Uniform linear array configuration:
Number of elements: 24
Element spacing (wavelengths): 0.75
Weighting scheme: hann
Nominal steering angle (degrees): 30
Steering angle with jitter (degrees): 30.145
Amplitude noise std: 0.05
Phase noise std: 0.05

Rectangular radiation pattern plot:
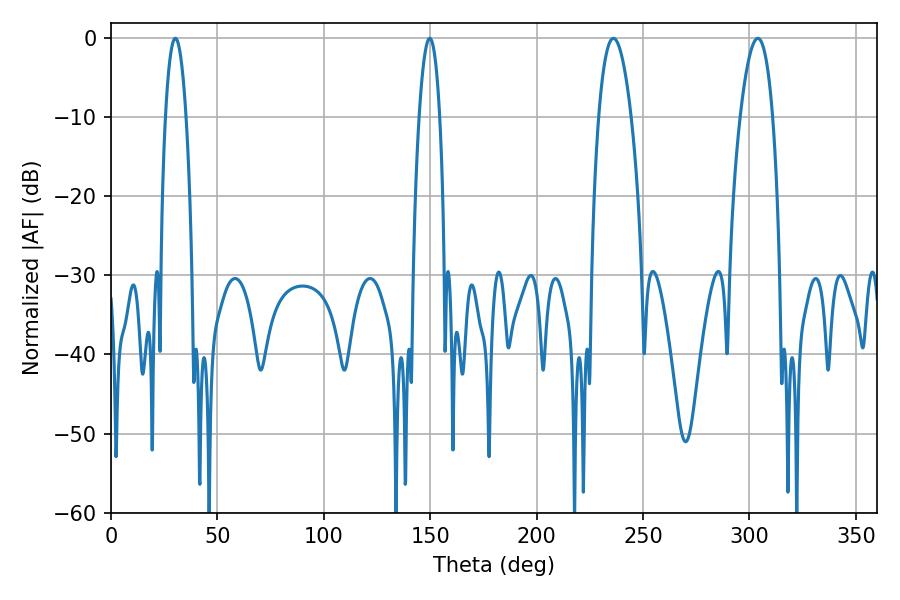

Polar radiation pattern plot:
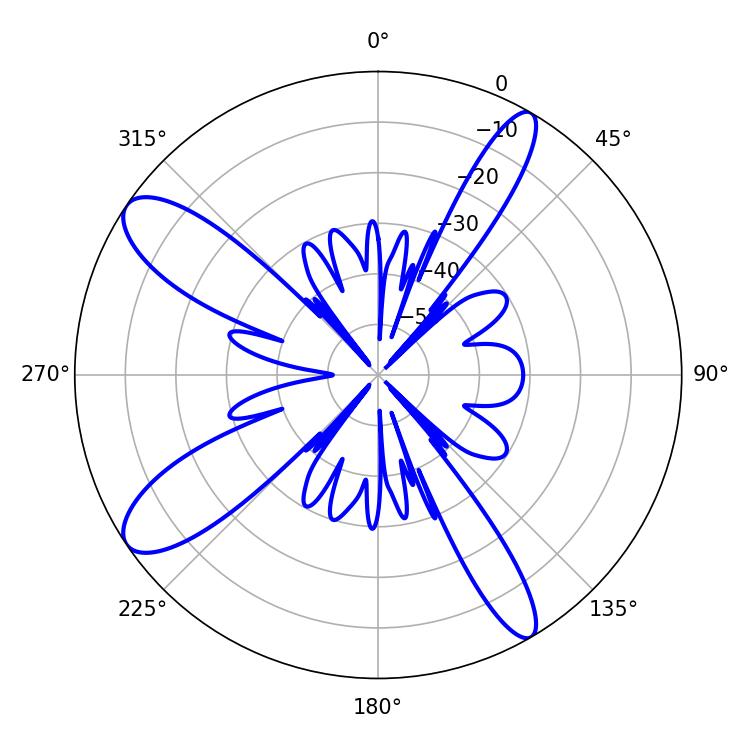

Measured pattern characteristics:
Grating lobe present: TRUE
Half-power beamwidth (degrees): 5.4
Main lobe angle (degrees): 30.24